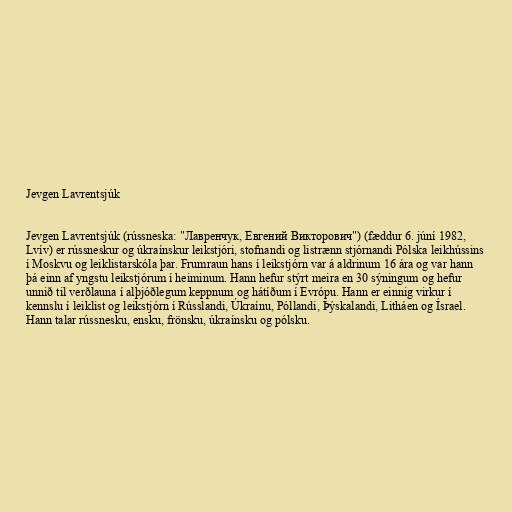
Jevgen Lavrentsjúk

Jevgen Lavrentsjúk (rússneska: "Лавренчук, Евгений Викторович") (fæddur 6. júní 1982,
Lvív) er rússneskur og úkraínskur leikstjóri, stofnandi og listrænn stjórnandi Pólska leikhússins
í Moskvu og leiklistarskóla þar. Frumraun hans í leikstjórn var á aldrinum 16 ára og var hann
þá einn af yngstu leikstjórum í heiminum. Hann hefur stýrt meira en 30 sýningum og hefur
unnið til verðlauna í alþjóðlegum keppnum og hátíðum í Evrópu. Hann er einnig virkur í
kennslu í leiklist og leikstjórn í Rússlandi, Úkraínu, Póllandi, Þýskalandi, Litháen og Ísrael.
Hann talar rússnesku, ensku, frönsku, úkraínsku og pólsku.